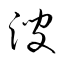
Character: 溲